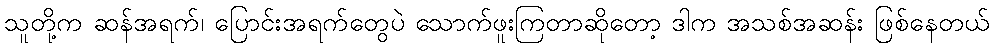
သူတို့က ဆန်အရက်၊ ပြောင်းအရက်တွေပဲ သောက်ဖူးကြတာဆိုတော့ ဒါက အသစ်အဆန်း ဖြစ်နေတယ်